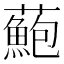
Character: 𧂫